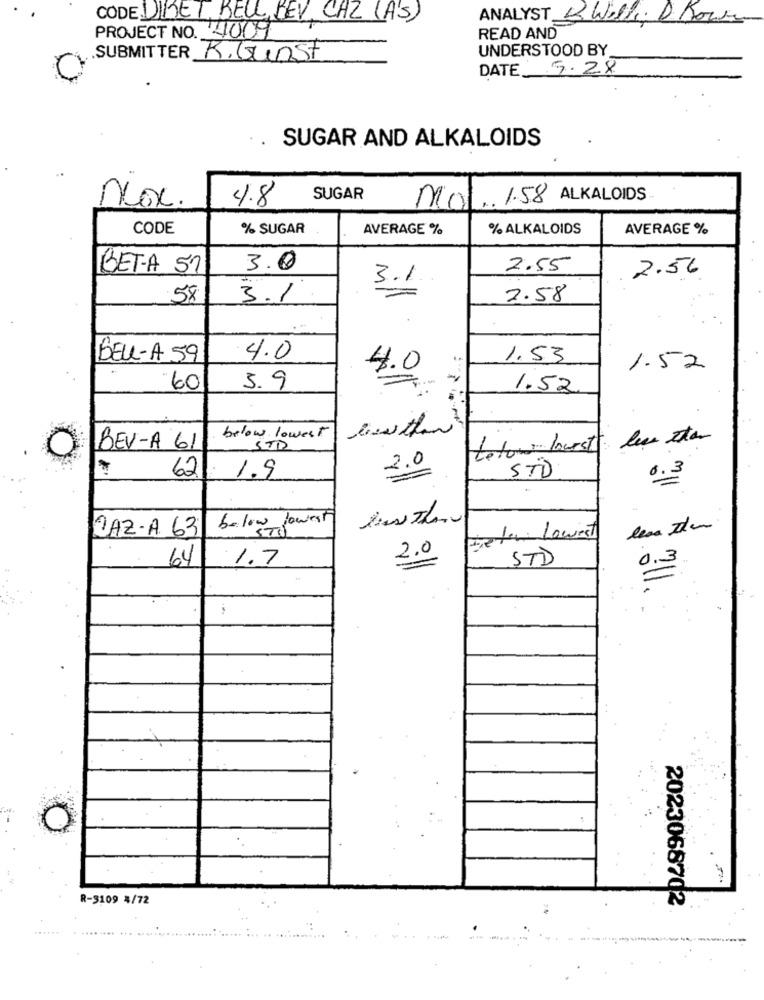
CODE DIBET BELL PEV CAZ (AS)
ANALYST KWilli: D Bow
PROJECT NO. 4009
READ AND
UNDERSTOOD BY
.SUBMITTER
KiGunst
DATE 9.28
..
SUGAR AND ALKALOIDS
SUGAR
. 1.58 ALKALOIDS
Nox
4.8
mo
CODE
% SUGAR
AVERAGE %
% ALKALOIDS
AVERAGE %
BET-A 57
3.0
2.55
2.56
3.1
.58
3.1
2.58
BELL-A 59
4.0
1.53
4.0
1.52
60
5.9
1.52
below lowest
BEV-A 61
STD
totow burst
2.0
62
STD
· 1.9
6.3
below lowert
CAZ-A. 63
die tor Lowest
64
1.7
2.0
STD
R-3109 4/72
2023068702
-------